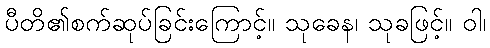
ပီတိ၏စက်ဆုပ်ခြင်းကြောင့်။ သုခေန၊ သုခဖြင့်။ ဝါ၊